Vital statistics of India. Vol. IV, Annual returns from 1871 to 1876. British Army of India, Native Army and jails of Bengal
Year: 1871
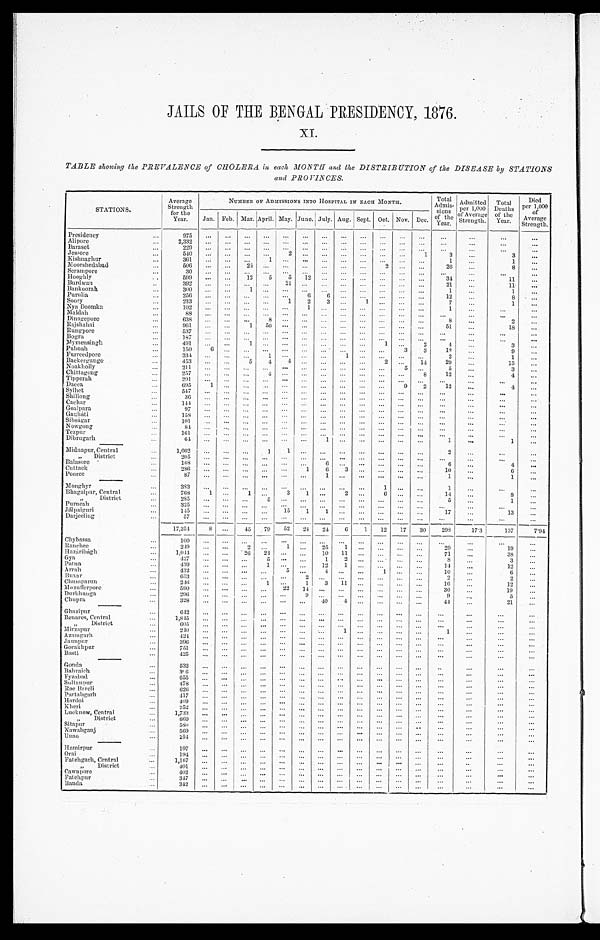
•
JAILS OF THE BENGAL PRESIDENCY, 1876.
XI.
TABLE showing the PREVALENCE of CHOLERA in each MONTH . and the DISTRIBUTION of the DISEASE by STATIONS
and PROVINE S.
STATIONS.
Average
Strength
for the
Year.
NUMBER OF ADMISSIONS INTO HOSPITAL IN EACH MONTH.
Total .
sii°"8
of th
e
Year.
Admitted
per 1,000
f k • , ,r.
o .
Strength.
Total
Deaths
o f the
Year.
Died
Per 1'0°°o f
Average
Strength.
Jan. Feb. Mar. April. May.
i
June. July. Aug. Sept. Oct. Nov. Dec.
Presidency
...
975
•••
•••
"'
—
•••
•••
—
•-•
•••
Alipore
...
2,332
...
...
...
._
"""
...
...
—
...
...
•••
Basset
...
229
•••
""••
—
•••
•••
•••
•••
.1 essore
...
540
...
...
...
...
...
...
...
..
1
3
...
3
•••
11 C.islunighur
...
361
..,
...
...
—
•••
••"
...
1
1
...
11loorshedabad
506
...
..,
...
...
...
2
..
...
20
...
8
...
Scrampore
...
:30
"
•••
...
•••
...
llooghly
509
,,,
...
12
5
5
13
•••
•••
:34
11
...
Burdwan
..
392
..
""••
..
...
...
21
...
11
...
Banlioorah
300
...
1
•••
—
••
...
1
...
1
...
Purulia
256
„,
.—
—.
—•
—•
6
..
...
12
8
...
Soory
...
1
2
1
••
7
...
1
•••
Nya 1)oornlm
103
1
..
...
1
...
...
- Al aldali
...
88
...
...
..
...
...
...
•••
...
Dinagepore
...
8
—•
.•
...
8
...
2
Ilajshaliai
001
...
...
1
50
51
...
18
...
Rungpore
...
537
...
•••
..,
Dora
...
...
"'
...
•••
11y mensingh
...
491
...
•..
1
1
._
2
3
Pubnali
...
150
3
3
1:).
9
•••
Purreedpore
...
331
•••
...
...
2
...
1
•..
13ackergunge
...
453
...
...
5
4
1
...
...
...
14
29
...
15
Noaliholly
...
211
...
...
—
...
...
...
...
5
._
5
•••
3
•••
Chit tagong^...
--
90,
...
...
...
8
12
...
4
Tipperah
291
„,
...
•..
•••
...
...
...
...
•••
...
...
•••
Dacca
(395
1
...
...
•••
...
...
...
9
2
12
•••
4
•••
Sylliet
...
•••
...
Shillong
3
• ••
...
—
Cachar
...
1-14
...
...
...
...
...
—
Goalparn
...
97
...
...
•••
•••
...
•••
•••
•••
•••
•••
•••
—
Gatzliati
158
...
...
...
...
...
...
—
Sibsagar
...
...
...
•••
...
N ow gong
...
•••
•••
—
•••
•••
•••
Tezpu
•••
•••
•••
•••
•••
.
•••
•••
—
Di br ugarh
61
...
...
...
•••
...
...
...
...
...
...
1
...
1
••'
Nidnapur, Central
...
1,002
,„
,„
...
1
1
2
...
...
>,
District
..
205
"•
Balasore -
(3
...
4
...
Cuttack
...
1
(3
3
10
6
P oore
..............
1
...
1
...
:Mmighyr
...
383
...
•••
...
...
...
...
...
...
1
1
...
...
...
Blitigalpur, Central
...
768
1
...
1
...
3
1
...
2
6
14
...
8
>,
District
285
..,
„,
...
...
...
...
...
5
...
1
•••
Purnealt
...
325
...
...
...
•••
...
...
•••
•••
...
...
...
...
...
...
Jiilpaiguri
...
15
1
1
...
...
...
17
13
...
Darjeeling
5i
...
...
...
...
••
—
• ••
17,251
8
...
45
79
52
24
24
6
1
12
17
30
298
17'3
—
137
7'91
—
Chyb a ssa
...
10
—
•••
—
••• ...
•• .
...
...
...
...
...
•••
•••
11 an ee
ch
19
...
2„
1
.•••
25
29 ...
19
...
Ilazaribagh
...
1,044
...
...
- 26
24
...
...
10
11
...
...
71
•••
38
...
Gya
...
42
• "
—
5
1
2
...
...
S
...
3
...
Patna
...
439
...
12
34
...
12
...
A rrah
...
5
...
1
...
10
(1
...
Buxar
...
953
3
2
—
2
Chuniparun
...
246
1
•••
1
3
11
...
...
16
...
12
...
3\ lortilfcrpore
...
590
...
•••
— •
•••
36
•••
39
...
1)indiunga
296
9
9
—.
5
...
Chupra
...
40
4.1
21
Ghazipur
...
••• •
•"
•••
—
•••
•••
•••
•••
Ilenares, Central
1,815
...
...
—.
—.
—.
—.
•••
•••
•••
...
„
District
60
•••
•••
•••
...
•••
•• •
'Mirzapur
1
...
...
...
1
...
...
...
Azaingarh
..•
...
•••
•••
•••
•••
...
•••
...
Jaimpur
...
•••
...
...
...
•••
•••
•••
Gorakhpur
...
751
...
...
...
•••
•••
...
•••
•••
...
•••
•••
•••
B usts
...
425
...
.—
—.
.—
...
...
...
...
...
...
•••
...
•••
Gonda
...
532
...
...
...
...
...
...
...
...
...
...
...
..
...
•••
11ahraich
...
...
•••
•••
•••
•••
l ly zaluid
...
655
..,
,„
...
—
...
•••
•••
...
Sul tanpur
478
—
•"
—
•"
—
•••
•••
•••
—
Doe ltareli
...
•••
••'
...
...
•••
Partabgarh
••"••
—
•••
...
...
•••
Harlot
...
...
...
...
—.
•••
—
Risen
...
959
...
--
• ••
•••
•••
Lucknow, Central
...
1,733
...
...
...
•••
—
"•
•"
•"
—
...
—
...
...
—
„
District
...
...
...
...
...
...
...
•••
...
•••
•••
Si t apur
..
•••
.
...
Nawabganj
...
569
•••
•-•
•••
—
•••
•••
—
•••
•••
•••
•-•
•••
•••
—
Una()
...
25-1
•••
•••
1 lamirpur
...
197
—
—
•••
•••
•••
•••
•••
•••
•••
—
•••
—
•"
•••
•••
•••
Oral
...
•••
...
•••
...
Fat eligarh, Central
..
...
...
...
...
"•
...
„
District
.
...
...
...
...
...
...
Cawn pore
...
402
•••
•••
...
...
•••
...
.••
...
...
...
...
...
•••
•••
...
Pat ehpur
...
317
...
...
...
...
...
•••
...
Banda
...
...
...
...
...
...
...
...
...
•••